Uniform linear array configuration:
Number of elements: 12
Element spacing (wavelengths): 0.25
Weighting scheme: uniform
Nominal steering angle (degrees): -60
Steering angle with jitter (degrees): -60.699
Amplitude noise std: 0.05
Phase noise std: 0.05

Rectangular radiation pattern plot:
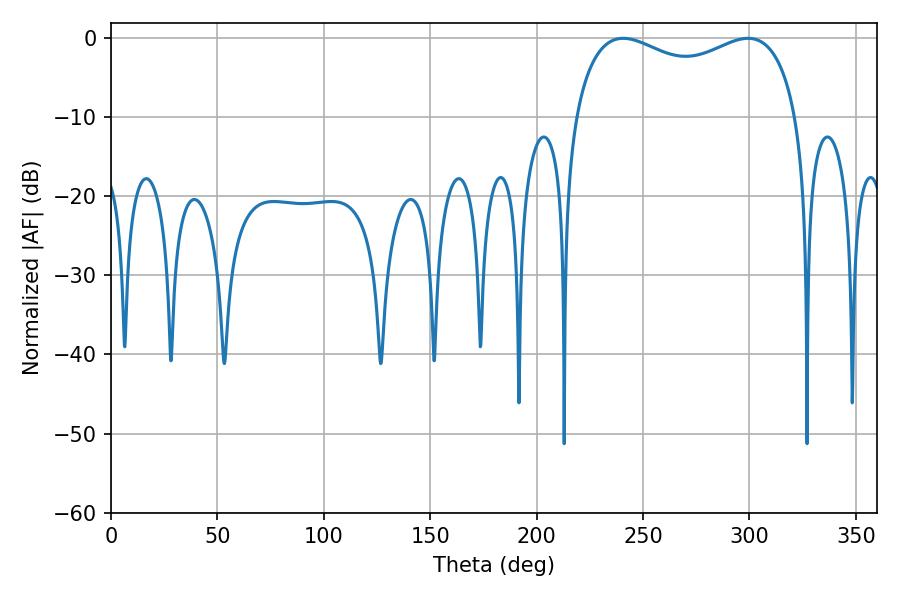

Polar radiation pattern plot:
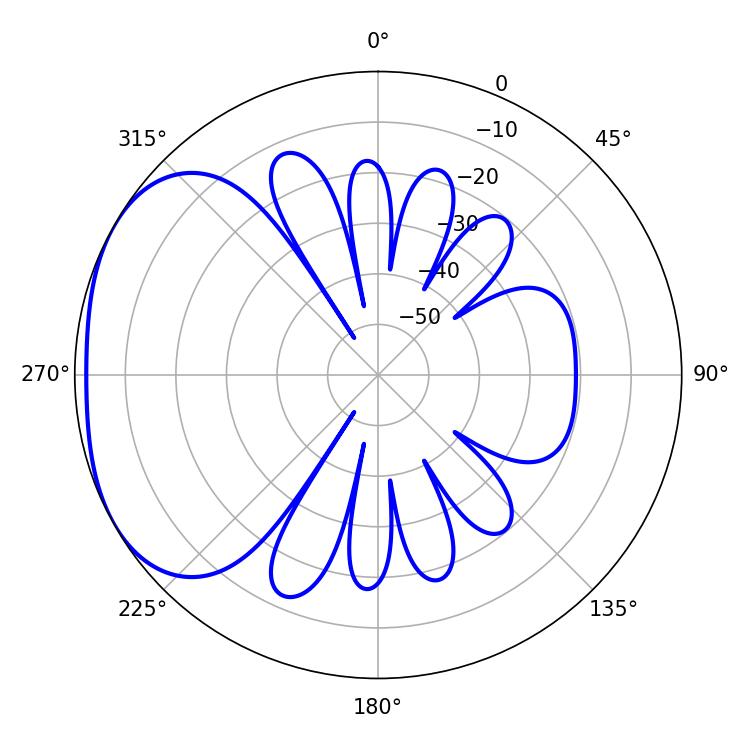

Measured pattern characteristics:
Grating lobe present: FALSE
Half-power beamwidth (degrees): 86.76
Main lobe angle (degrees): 240.66